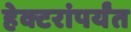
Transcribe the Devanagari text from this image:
हेक्टरांपर्यंत